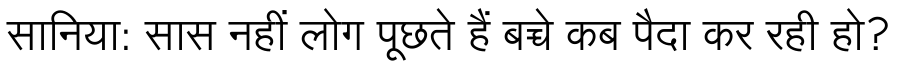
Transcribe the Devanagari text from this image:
सानिया: सास नहीं लोग पूछते हैं बच्चे कब पैदा कर रही हो?